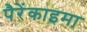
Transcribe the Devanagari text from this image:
पैरेंकाइमा